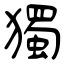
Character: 獨